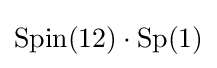
\mathrm {Spin} (12)\cdot \mathrm {Sp} (1)